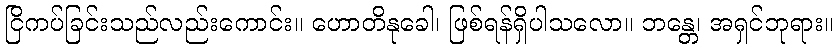
ငြိကပ်ခြင်းသည်လည်းကောင်း။ ဟောတိနုခေါ၊ ဖြစ်ရန်ရှိပါသလော။ ဘန္တေ၊ အရှင်ဘုရား။